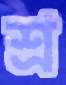
শ্র